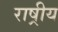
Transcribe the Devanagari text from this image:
राष्रीय